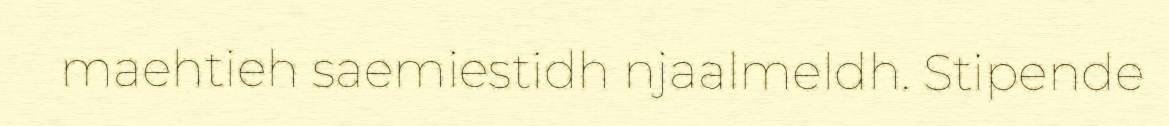
maehtieh saemiestidh njaalmeldh. Stipende